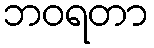
ဘဝရတာ